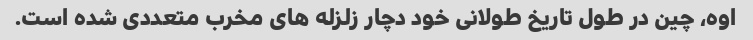
اوه، چین در طول تاریخ طولانی خود دچار زلزله های مخرب متعددی شده است.